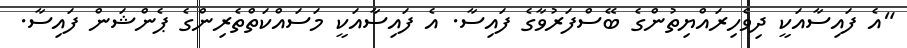
"އެ ފައިސާއަކީ ދިވެހިރައްޔިތުންގެ ބޭސްފަރުވާގެ ފައިސާ. އެ ފައިސާއަކީ މަސައްކަތްތެރިންގެ ޕެންޝަން ފައިސާ.